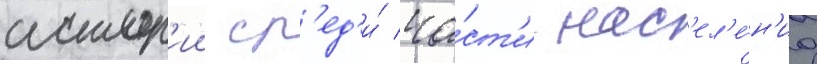
истор'ии ср'ед'и́ ча́ст'и нас'ел'е́н'иа